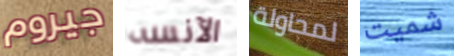
جيروم الآنسه لمحاولة شميت